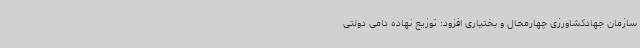
سازمان جهادکشاورزی چهارمحال و بختیاری افزود: توزیع نهاده دامی دولتی